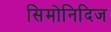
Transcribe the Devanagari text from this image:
सिमोनिदिज